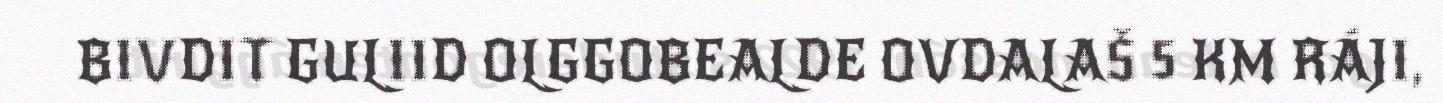
BIVDIT GULIID OLGGOBEALDE OVDALAŠ 5 KM RÁJI,